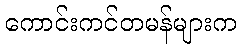
ကောင်းကင်တမန်များက